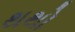
થથો